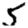
Digit: 5